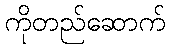
ကိုတည်ဆောက်